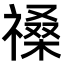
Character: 𥛋